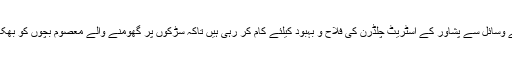
برطانیہ سے اعلیٰ تعلیم یافتہ ہیں اور اپنے وسائل سے پشاور کے اسٹریٹ چلڈرن کی فلاح و بہبود کیلئے کام کر رہی ہیں تاکہ سڑکوں پر گھومنے والے معصوم بچوں کو بھکاری اور مجرم بننے سے بچایا جا سکے۔